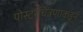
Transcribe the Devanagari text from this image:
पोस्टरचित्रणाकडून